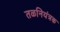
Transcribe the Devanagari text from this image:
तळनियंत्रक